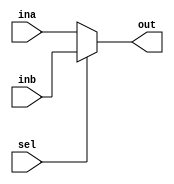
`timescale 1ns / 1ps
//////////////////////////////////////////////////////////////////////////////////
// Company: 
// Engineer: 
// 
// Design Name: 
// Module Name:    mux8 
// Project Name: 
// Target Devices: 
// Tool versions: 
// Description: 
//
// Dependencies: 
//
// Revision: 
// Revision 0.01 - File Created
// Additional Comments: 
//
//////////////////////////////////////////////////////////////////////////////////
module mux8(
    output [7:0] out,
    input sel,
    input [7:0] ina,
    input [7:0] inb
    );
    
    assign out = (sel ? inb : ina);
    
endmodule